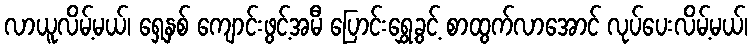
လာယူလိမ့်မယ်၊ ရှေ့နှစ် ကျောင်းဖွင့်အမီ ပြောင်းရွှေ့ခွင့် စာထွက်လာအောင် လုပ်ပေးလိမ့်မယ်၊